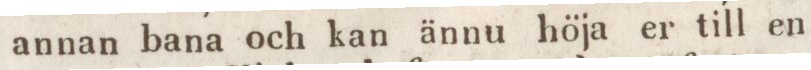
annan bana och kan ännu höja er till en